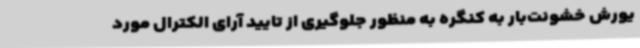
یورش خشونت‌بار به کنگره به منظور جلوگیری از تایید آرای الکترال مورد